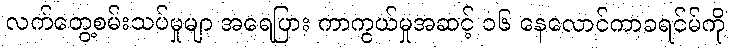
လက်တွေ့စမ်းသပ်မှုမျာ အရေပြား ကာကွယ်မှုအဆင့် ၁၆ နေလောင်ကာခရင်မ်ကို